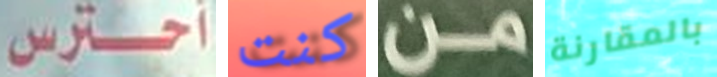
أحترس كنت من بالمقارنة